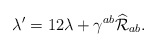
\begin{align*}\lambda'=12\lambda+\gamma^{ab}\widehat{\cal R}_{ab}.\end{align*}